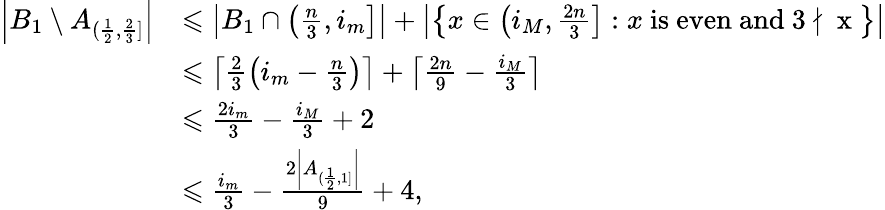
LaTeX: \begin{array}{rl}{\left|B_{1}\setminus A_{(\frac{1}{2},\frac{2}{3}]}\right|}&{\leqslant\left|B_{1}\cap\left(\frac{n}{3},i_{m}\right]\right|+\left|\left\{ x\in\left(i_{M},\frac{2n}{3}\right]:x\mathrm{~is~even~and~3\nmid~x~}\right\} \right|}\\ &{\leqslant\left\lceil\frac{2}{3}\left(i_{m}-\frac{n}{3}\right)\right\rceil+\left\lceil\frac{2n}{9}-\frac{i_{M}}{3}\right\rceil}\\ &{\leqslant\frac{2i_{m}}{3}-\frac{i_{M}}{3}+2}\\ &{\leqslant\frac{i_{m}}{3}-\frac{2\left|A_{(\frac{1}{2},1]}\right|}{9}+4,}\end{array}